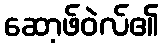
ဆော့ဖ်ဝဲလ်၏